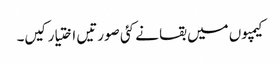
کیمپوں میں بقا نے کئی صورتیں اختیار کیں۔